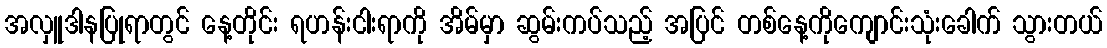
အလှူဒါနပြုရာတွင် နေ့တိုင်း ရဟန်းငါးရာကို အိမ်မှာ ဆွမ်းကပ်သည့် အပြင် တစ်နေ့ကိုကျောင်းသုံးခေါက် သွားတယ်